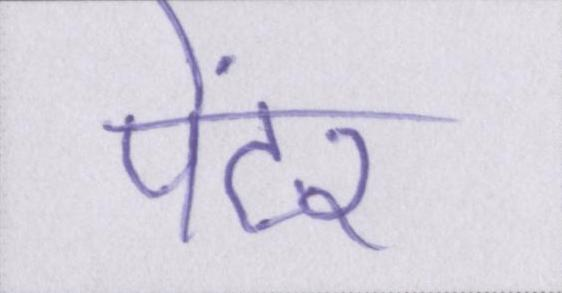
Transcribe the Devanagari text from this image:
पेंटर